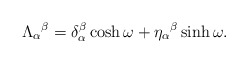
\begin{align*}\Lambda_{\alpha}{}^{\beta}=\delta^{\beta}_{\alpha}\cosh\omega + \eta_{ \alpha}{}^{\beta}\sinh\omega .\end{align*}